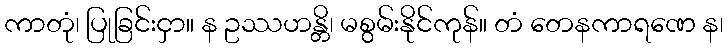
ကာတုံ၊ ပြုခြင်းငှာ။ န ဥဿဟန္တိ၊ မစွမ်းနိုင်ကုန်။ တံ တေနကာရဏေ န၊